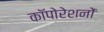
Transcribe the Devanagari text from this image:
कॉपोरेशनों